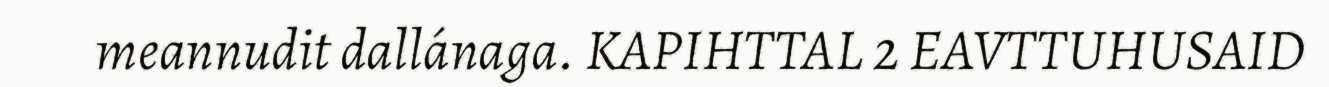
meannudit dallánaga. KAPIHTTAL 2 EAVTTUHUSAID